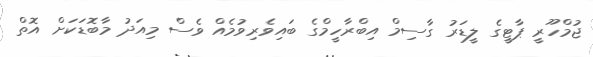
ޖުމްހޫރީ ޕާޓީގެ ލީޑަރު ގާސިމް އިބްރާހީމްގެ ބައިވެރިވުމެއް ވެސް މިއަދު މާބޮޑަކަށް އޮތް